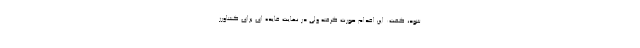
شود، گفت: این اقدام صورت گرفته ولی در نهایت فایده ای برای کشاورز